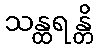
သန္ထရန္တိ